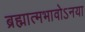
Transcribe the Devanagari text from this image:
ब्रह्मात्मभावोऽनया